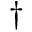
^ \dag